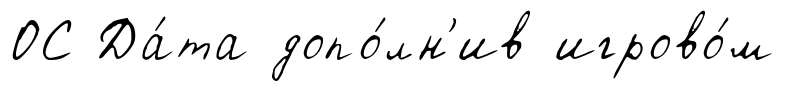
ОС Да́та допо́лн'ив игрово́м